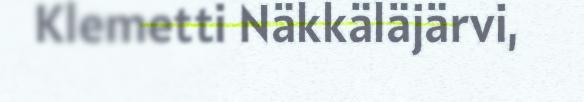
Klemetti Näkkäläjärvi,